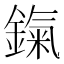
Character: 鎎